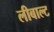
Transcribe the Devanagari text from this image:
लीबाल्ट